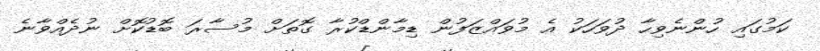
ކަމުގައި ހުންނެވިހާ ދުވަހަކު އެ މުވައްޒަފުން ޑިމާންޑްކުރާ ގޮތަށް މުސާރަ ބޮޑުކޮށް ނުދެއްވާނެ